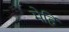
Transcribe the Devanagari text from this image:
मेहिं